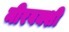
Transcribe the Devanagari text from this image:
मीरबक्शी